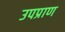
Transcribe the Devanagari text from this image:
उपप्राण